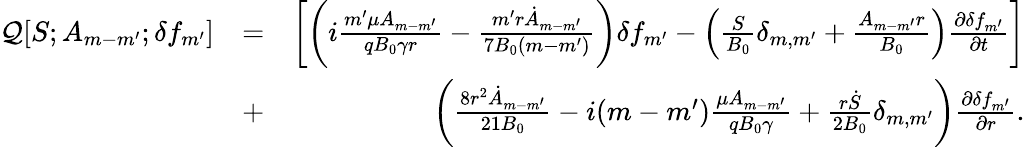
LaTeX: \begin{array}{rlr}{\mathcal{Q}[S;A_{m-m^{\prime}};\delta f_{m^{\prime}}]}&{=}&{\left[\left(i\frac{m^{\prime}\mu A_{m-m^{\prime}}}{qB_{0}\gamma r}-\frac{m^{\prime}r\dot{A}_{m-m^{\prime}}}{7B_{0}(m-m^{\prime})}\right)\delta f_{m^{\prime}}-\left(\frac{S}{B_{0}}\delta_{m,m^{\prime}}+\frac{A_{m-m^{\prime}}r}{B_{0}}\right)\frac{\partial\delta f_{m^{\prime}}}{\partial t}\right]}\\ &{+}&{\left(\frac{8r^{2}\dot{A}_{m-m^{\prime}}}{21B_{0}}-i(m-m^{\prime})\frac{\mu A_{m-m^{\prime}}}{qB_{0}\gamma}+\frac{r\dot{S}}{2B_{0}}\delta_{m,m^{\prime}}\right)\frac{\partial\delta f_{m^{\prime}}}{\partial r}.}\end{array}